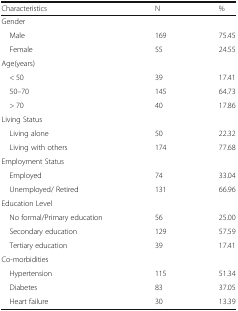
<table><thead><tr><td><b>Characteristics</b></td><td><b>N</b></td><td><b>%</b></td></tr></thead><tbody><tr><td colspan="3">Gender</td></tr><tr><td> Male</td><td>169</td><td>75.45</td></tr><tr><td> Female</td><td>55</td><td>24.55</td></tr><tr><td colspan="3">Age(years)</td></tr><tr><td> &lt; 50</td><td>39</td><td>17.41</td></tr><tr><td> 50–70</td><td>145</td><td>64.73</td></tr><tr><td> &gt; 70</td><td>40</td><td>17.86</td></tr><tr><td colspan="3">Living Status</td></tr><tr><td> Living alone</td><td>50</td><td>22.32</td></tr><tr><td> Living with others</td><td>174</td><td>77.68</td></tr><tr><td colspan="3">Employment Status</td></tr><tr><td> Employed</td><td>74</td><td>33.04</td></tr><tr><td> Unemployed/ Retired</td><td>131</td><td>66.96</td></tr><tr><td colspan="3">Education Level</td></tr><tr><td> No formal/Primary education</td><td>56</td><td>25.00</td></tr><tr><td> Secondary education</td><td>129</td><td>57.59</td></tr><tr><td> Tertiary education</td><td>39</td><td>17.41</td></tr><tr><td colspan="3">Co-morbidities</td></tr><tr><td> Hypertension</td><td>115</td><td>51.34</td></tr><tr><td> Diabetes</td><td>83</td><td>37.05</td></tr><tr><td> Heart failure</td><td>30</td><td>13.39</td></tr></tbody></table>